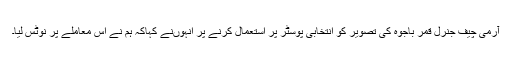
آرمی چیف جنرل قمر باجوہ کی تصویر کو انتخابی پوسٹر پر استعمال کرنے پر انہوںنے کہاکہ ہم نے اس معاملے پر نوٹس لیا۔